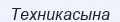
Техникасына